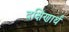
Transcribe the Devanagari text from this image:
दक्षिणार्थं